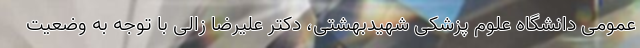
عمومی دانشگاه علوم پزشکی شهیدبهشتی، دکتر علیرضا زالی با توجه به وضعیت